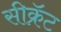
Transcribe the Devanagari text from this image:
सीक्रॅट